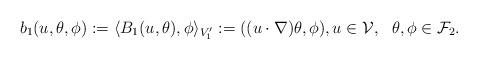
LaTeX: \begin{align*}b_1(u,\theta,\phi):=\langle B_1(u,\theta),\phi\rangle_{V_1'}:=((u\cdot\nabla)\theta,\phi), u\in\mathcal{V},\ \ \theta,\phi\in\mathcal{F}_2.\end{align*}